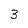
Character: 3